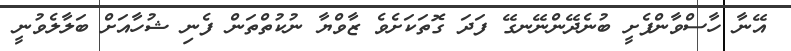
އޭނާ ހާސްވާންފެށީ ބުނެދޭންނޭނގޭ ފަދަ ގޮތަކަށެވެ ޒާވްޔާ ނުކުތްތަން ފެނި ޝުހާއަށް ބަލާލެވުނީ